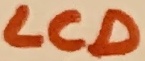
Text: LCD